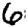
Digit: 6